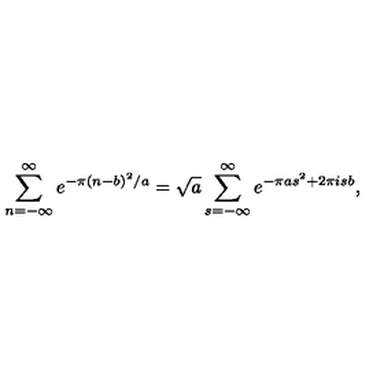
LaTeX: \sum _ { n = - \infty } ^ { \infty } e ^ { - \pi ( n - b ) ^ { 2 } / a } = \sqrt { a } \sum _ { s = - \infty } ^ { \infty } e ^ { - \pi a s ^ { 2 } + 2 \pi i s b } ,